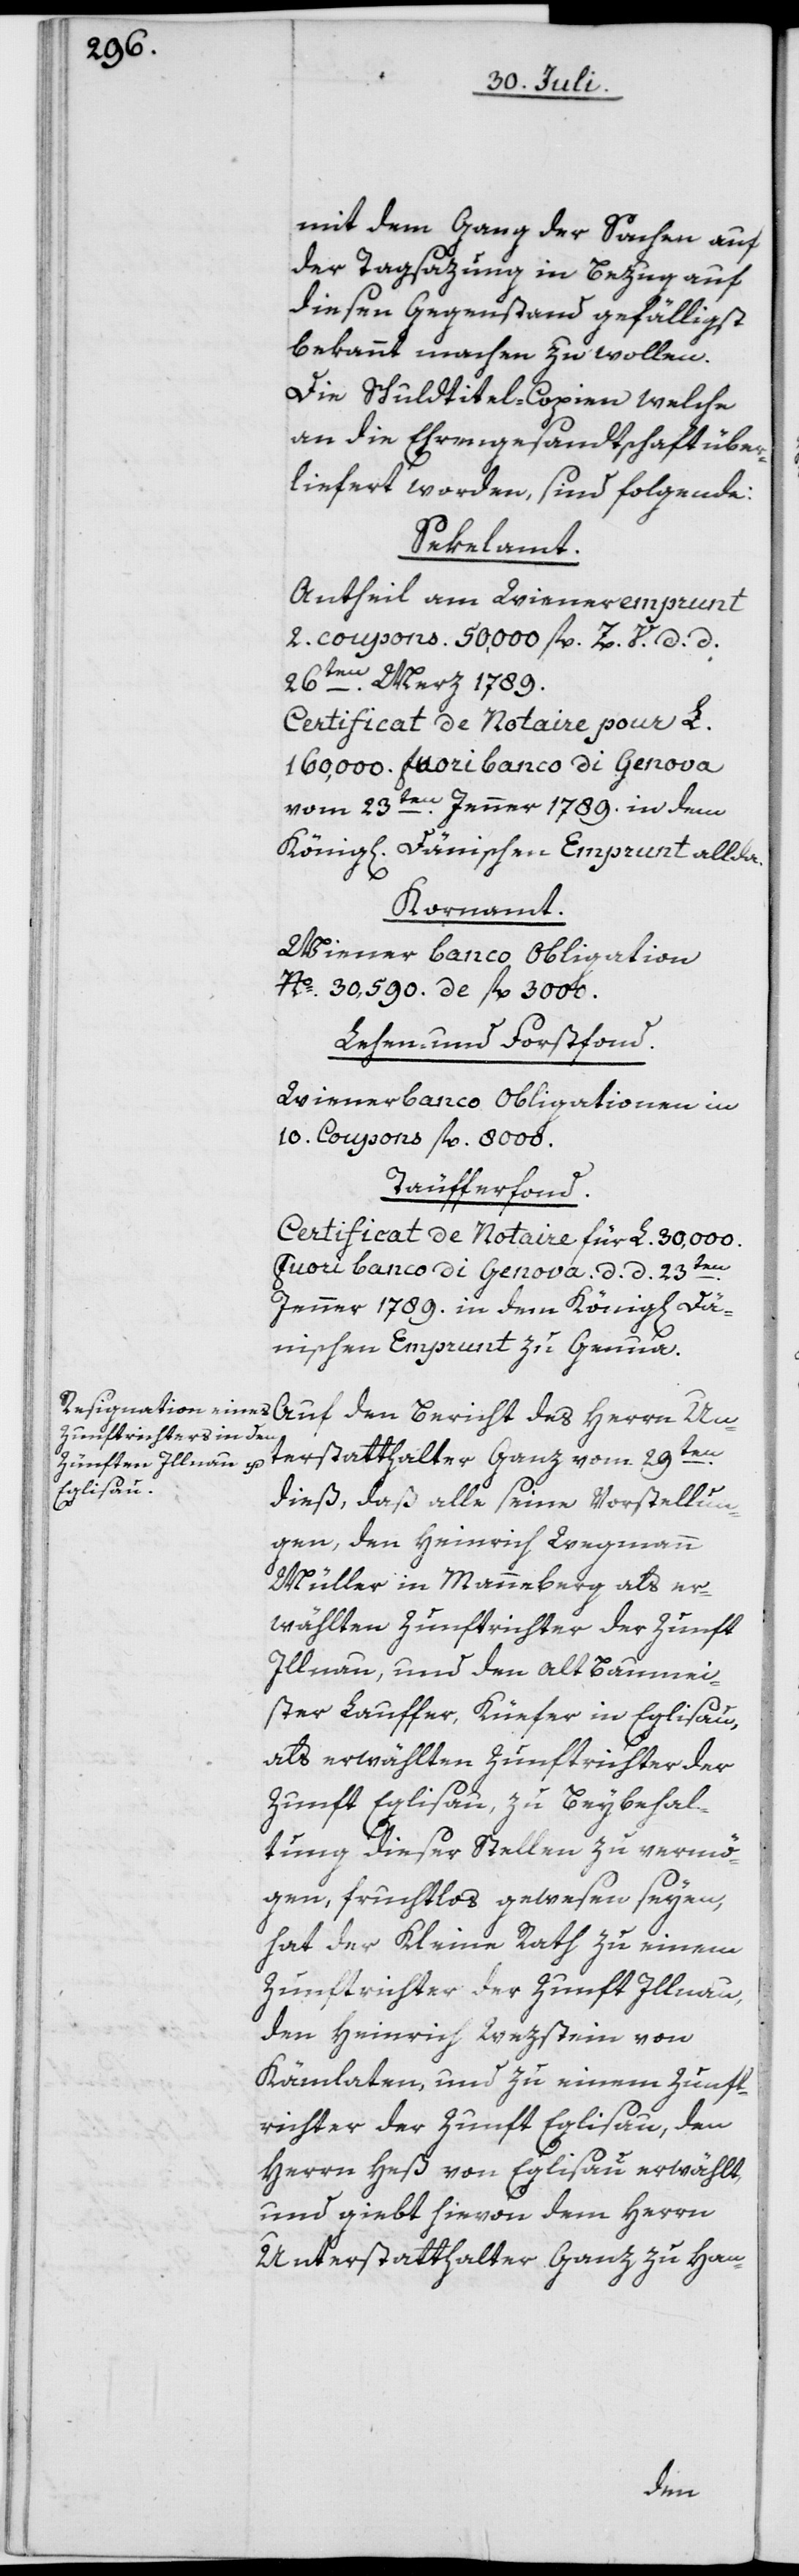
mit dem Gang der Sachen auf
der Tagsazung in Bezug auf
diesen Gegenstand gefälligst
bekannt machen zu wollen.
Die Schuldtitel-Copien welche
an die Ehrengesandtschaft über¬
liefert worden, sind folgende:
Sekelamt.
Antheil am Wieneremprunt
2. coupons. 50,000 fl. Z. V. d. d.
26ten Merz 1789.
Certificat de Notaire pour L.
160,000. fuoribanco di Genova
vom 23ten Jenner 1789. in dem
Königl[ich] Dänischen Emprunt allda.
Kornamt.
Wiener banco Obligation
Nº. 30,590. de fl. 3000.
Lehen- und Forstfond.
Wienerbanco Obligationen in
10. Coupons fl. 8000.
Täufferfond.
Certificat de Notaire für L. 30,000.
Fuori banco di Genova. d. d. 23ten
Jenner 1789. in dem Königl[ich] Dä¬
nischen Emprunt zu Genua.
terstatthalter Ganz vom 29ten
Un¬
dieß, daß alle seine Vorstellun¬
gen, den Heinrich Wegmann
Müller in Manneberg als er¬
wählten Zunftrichter der Zunft
Illnau, und den alt Baumei¬
ster Lauffer, Küefer in Eglisau,
als erwählten Zunftrichter der
Zunft Eglisau, zu Beybehal¬
tung dieser Stellen zu vermö¬
gen, fruchtlos gewesen seyen,
hat der Kleine Rath zu einem
Zunftrichter der Zunft Illnau,
den Heinrich Wezstein von
Kämlaten, und zu einem Zunft¬
richter der Zunft Eglisau, den
Herrn Heß von Eglisau erwählt,
und giebt hievon dem Herrn
Unterstatthalter Ganz zu Han-
den